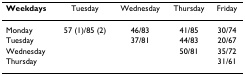
| Weekdays | Tuesday | Wednesday | Thursday | Friday |
 | --- | --- | --- | --- | --- |
 | Monday | 57 (1)/85 (2) | 46/83 | 41/85 | 30/74 |
 | Tuesday |  | 37/81 | 44/83 | 20/67 |
 | Wednesday |  |  | 50/81 | 35/72 |
 | Thursday |  |  |  | 31/61 |